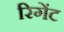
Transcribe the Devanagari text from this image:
रिगेंट